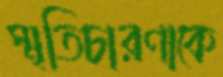
স্মৃতিচারণাকে